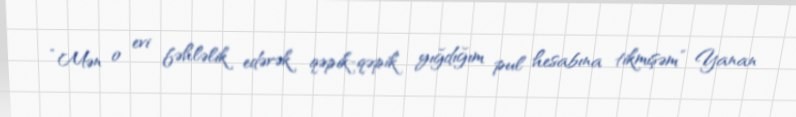
“Mən o evi fəhləlik edərək qəpik-qəpik yığdığım pul hesabına tikmişəm” Yanan